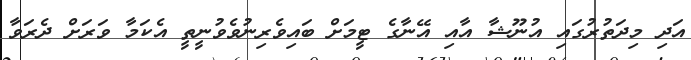
އަދި މިދަތުރުގައި އުނޫޝާ އާއި އޭނާގެ ޓީމަށް ބައިވެރިނުވެވުނީތީ އެކަމާ ވަރަށް ދެރަވާ